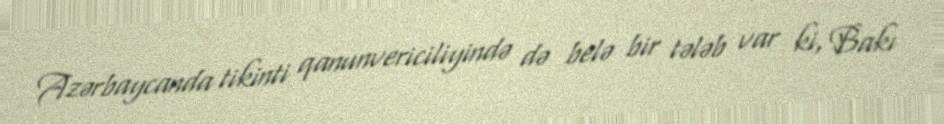
Azərbaycanda tikinti qanunvericiliyində də belə bir tələb var ki, Bakı